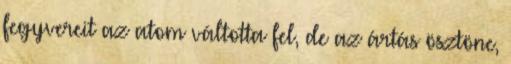
fegyvereit az atom váltotta fel, de az ártás ösztöne,